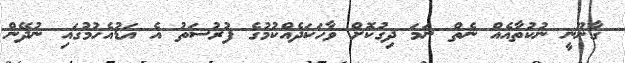
ގާނޫނީ ނުކުތާއެއް ނެތް ނަމަ ދިގުކޮށް ވާހަކަދެއްކުމުގެ ފުރުސަތު އެ އަޑުއެހުމުގައި ނުދޭން